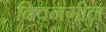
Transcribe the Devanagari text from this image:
क्विनगील